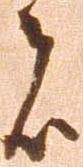
者